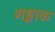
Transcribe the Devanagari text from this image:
गङ्गाक